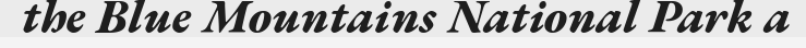
the Blue Mountains National Park a